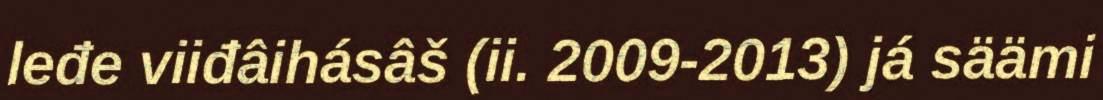
leđe viiđâihásâš (ii. 2009-2013) já säämi